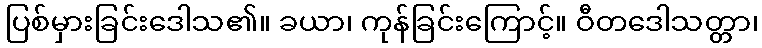
ပြစ်မှားခြင်းဒေါသ၏။ ခယာ၊ ကုန်ခြင်းကြောင့်။ ဝီတဒေါသတ္တာ၊